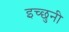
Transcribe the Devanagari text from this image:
इच्छुनी